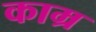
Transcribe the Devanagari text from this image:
काम्र